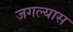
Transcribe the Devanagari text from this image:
जगल्यास